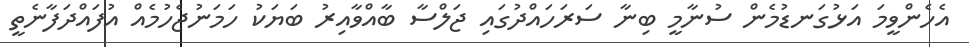
އެހެންވީމަ އަޅުގަނޑުމެން ސުނާމީ ބިނާ ސަރަހައްދުގައި ޖަލްސާ ބާއްވާއިރު ބަޔަކު ހަމަނުޖެހުމެއް އުފައްދަފާނެތީ